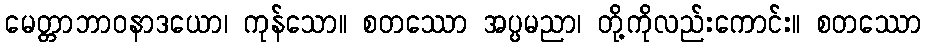
မေတ္တာဘာဝနာဒယော၊ ကုန်သော။ စတဿော အပ္ပမညာ၊ တို့ကိုလည်းကောင်း။ စတဿော